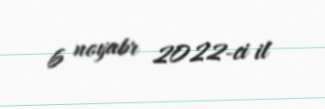
6 noyabr 2022-ci il